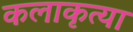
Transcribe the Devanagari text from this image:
कलाकृत्या